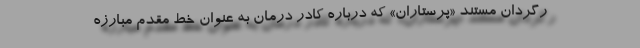
رگردان مستند «پرستاران» که درباره کادر درمان به عنوان خط مقدم مبارزه